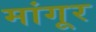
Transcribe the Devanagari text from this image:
मांगूर